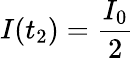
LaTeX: I(t_{2})=\frac{I_{0}}{2}